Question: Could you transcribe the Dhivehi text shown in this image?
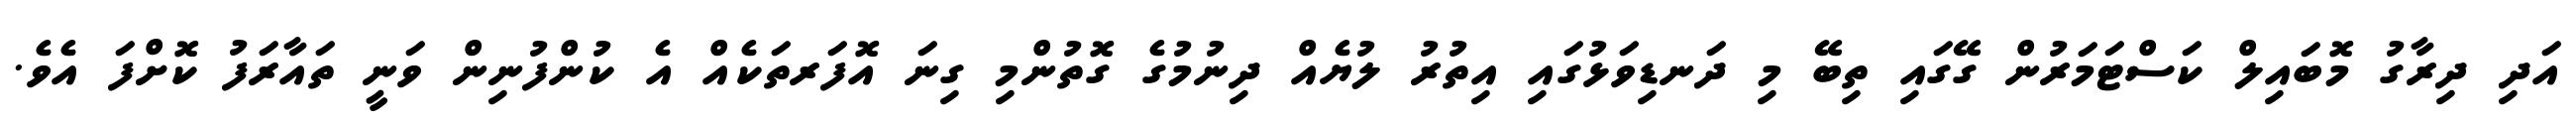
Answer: އަދި ދިރާގު މޮބައިލް ކަސްޓަމަރުން ގޭގައި ތިބޭ މި ދަނޑިވަޅުގައި އިތުރު ލުޔެއް ދިނުމުގެ ގޮތުންމި ގިނަ އޮފަރތަކެއް އެ ކުންފުނިން ވަނީ ތައާރަފު ކޮށްފަ އެވެ.